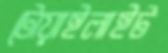
টোয়াইলাইট